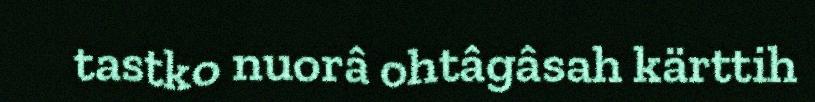
tastko nuorâ ohtâgâsah kärttih